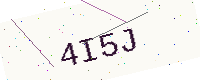
Text: 4I5J